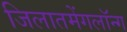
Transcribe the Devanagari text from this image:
जिलातमेंगलॉन्ग